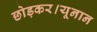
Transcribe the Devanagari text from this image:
छोड़कर।यूनान